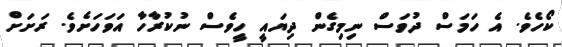
ކޯހެވެ. އެ ހަމަސް ދުވަސް ނިމިގެން ދިޔައީ ހީވެސް ނުކުރާހާ އަވަހަށެވެ. ރަށަށް